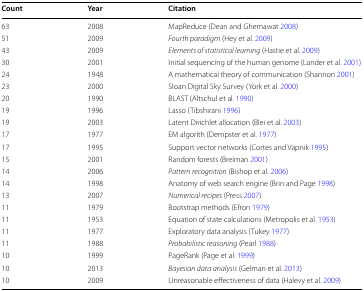
<table><thead><tr><td><b>Count</b></td><td><b>Year</b></td><td><b>Citation</b></td></tr></thead><tbody><tr><td>63</td><td>2008</td><td>MapReduce (Dean and Ghemawat 2008)</td></tr><tr><td>51</td><td>2009</td><td><i>Fourth paradigm</i> (Hey et al. 2009)</td></tr><tr><td>43</td><td>2009</td><td><i>Elements of statistical learning</i> (Hastie et al. 2009)</td></tr><tr><td>30</td><td>2001</td><td>Initial sequencing of the human genome (Lander et al. 2001)</td></tr><tr><td>24</td><td>1948</td><td>A mathematical theory of communication (Shannon 2001)</td></tr><tr><td>23</td><td>2000</td><td>Sloan Digital Sky Survey (York et al. 2000)</td></tr><tr><td>20</td><td>1990</td><td>BLAST (Altschul et al. 1990)</td></tr><tr><td>19</td><td>1996</td><td>Lasso (Tibshirani 1996)</td></tr><tr><td>19</td><td>2003</td><td>Latent Dirichlet allocation (Blei et al. 2003)</td></tr><tr><td>17</td><td>1977</td><td>EM algorith (Dempster et al. 1977)</td></tr><tr><td>17</td><td>1995</td><td>Support vector networks (Cortes and Vapnik 1995)</td></tr><tr><td>15</td><td>2001</td><td>Random forests (Breiman 2001)</td></tr><tr><td>14</td><td>2006</td><td><i>Pattern recognition</i> (Bishop et al. 2006)</td></tr><tr><td>14</td><td>1998</td><td>Anatomy of web search engine (Brin and Page 1998)</td></tr><tr><td>13</td><td>2007</td><td><i>Numerical recipes</i> (Press 2007)</td></tr><tr><td>11</td><td>1979</td><td>Bootstrap methods (Efron 1979)</td></tr><tr><td>11</td><td>1953</td><td>Equation of state calculations (Metropolis et al. 1953)</td></tr><tr><td>11</td><td>1977</td><td>Exploratory data analysis (Tukey 1977)</td></tr><tr><td>11</td><td>1988</td><td><i>Probabilistic reasoning</i> (Pearl 1988)</td></tr><tr><td>10</td><td>1999</td><td>PageRank (Page et al. 1999)</td></tr><tr><td>10</td><td>2013</td><td><i>Bayesian data analysis</i> (Gelman et al. 2013)</td></tr><tr><td>10</td><td>2009</td><td>Unreasonable effectiveness of data (Halevy et al. 2009)</td></tr></tbody></table>